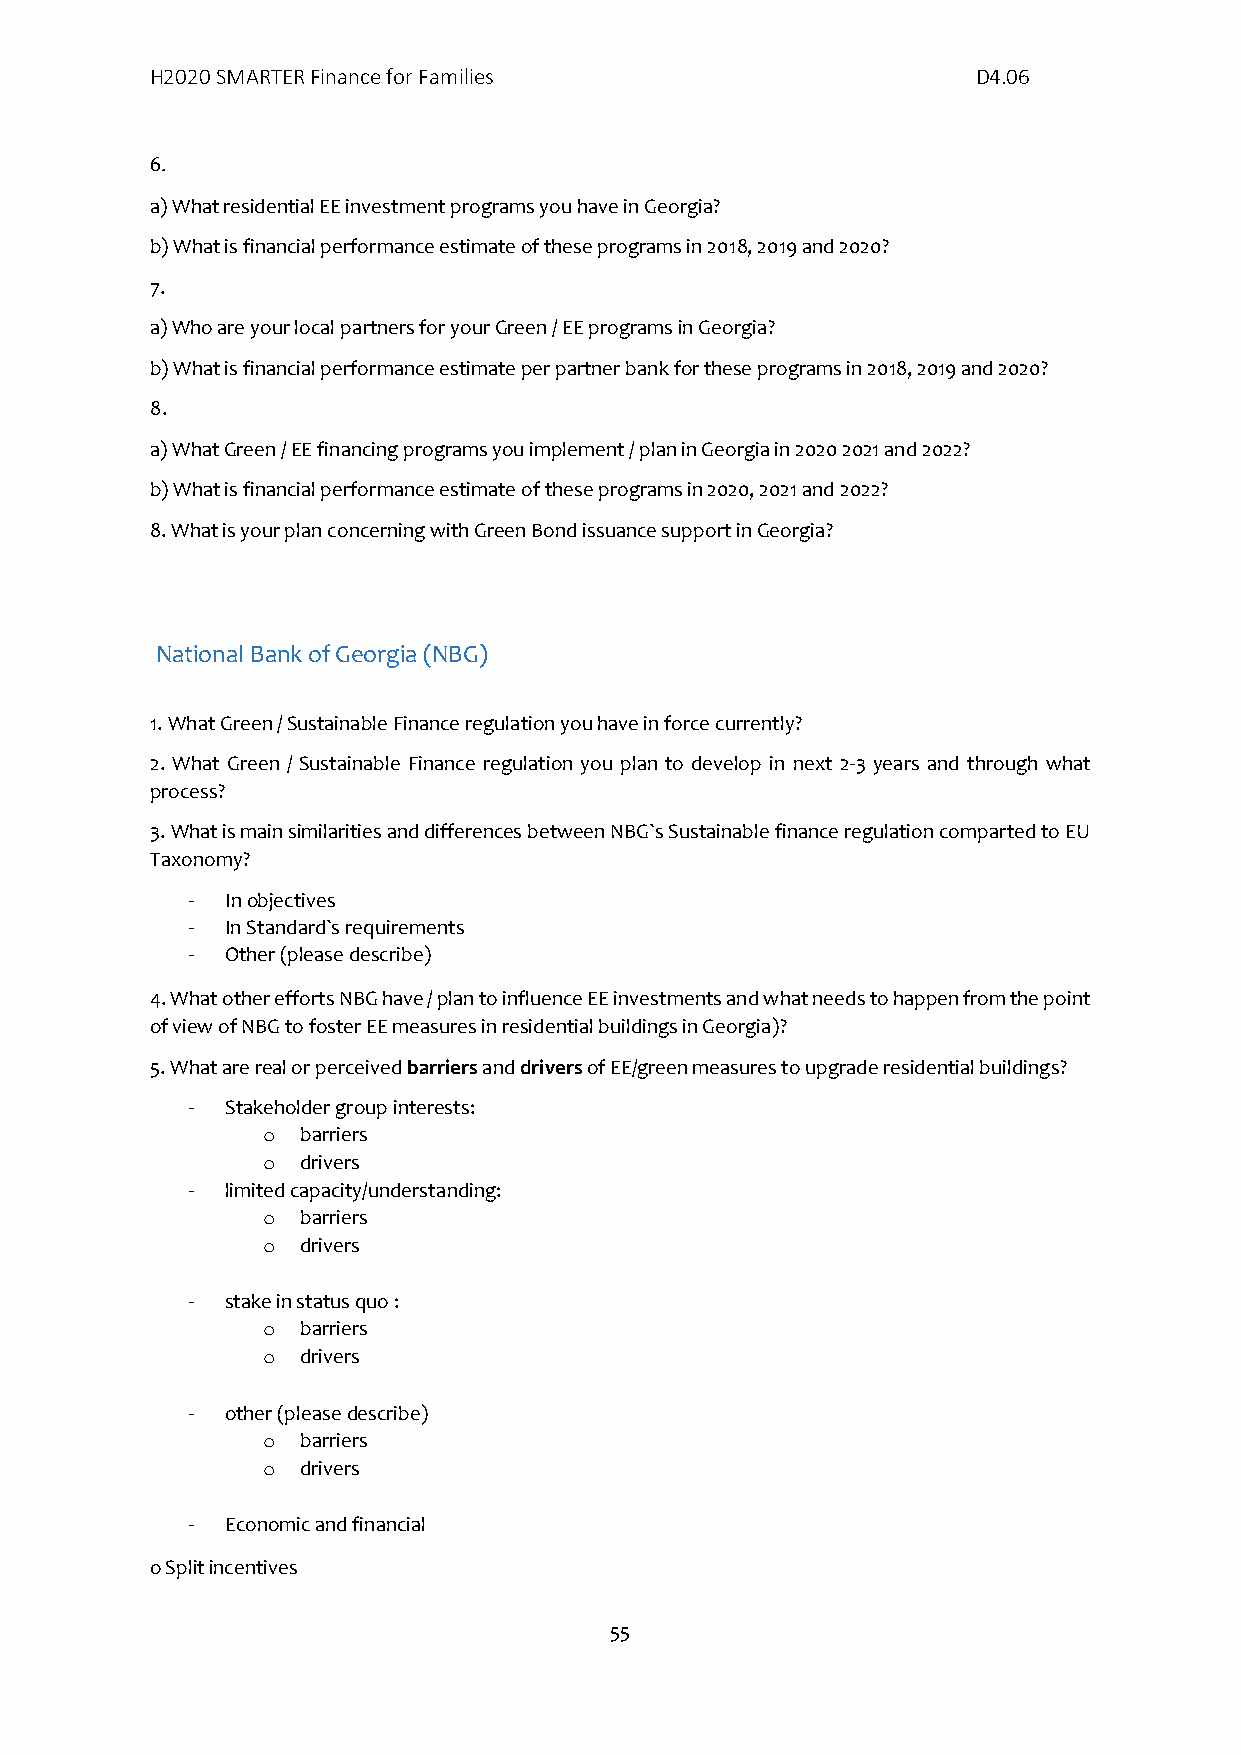
H2020 SMARTER Finance for Families                     D4.06
 6.
 a) What residential EE investment programs you have in Georgia?
 b) What is financial performance estimate of these programs in 2018, 2019 and 2020?
 7.
 a) Who are your local partners for your Green / EE programs in Georgia?
 b) What is financial performance estimate per partner bank for these programs in 2018, 2019 and 2020?
 8.
 a) What Green / EE financing programs you implement / plan in Georgia in 2020 2021 and 2022?
 b) What is financial performance estimate of these programs in 2020, 2021 and 2022?
 8. What is your plan concerning with Green Bond issuance support in Georgia?
 National Bank of Georgia (NBG)
 1. What Green / Sustainable Finance regulation you have in force currently?
 2. What Green / Sustainable Finance regulation you plan to develop in next 2-3 years and through what
 process?
 3. What is main similarities and differences between NBG`s Sustainable finance regulation comparted to EU
 Taxonomy?
 -  In objectives
 -  In Standard`s requirements
 -  Other (please describe)
 4. What other efforts NBG have / plan to influence EE investments and what needs to happen from the point
 of view of NBG to foster EE measures in residential buildings in Georgia)?
 5. What are real or perceived barriers and drivers of EE/green measures to upgrade residential buildings?
 -  Stakeholder group interests:
 o  barriers
 o  drivers
 -  limited capacity/understanding:
 o  barriers
 o  drivers
 -  stake in status quo :
 o  barriers
 o  drivers
 -  other (please describe)
 o  barriers
 o  drivers
 -  Economic and financial
 o Split incentives
 55